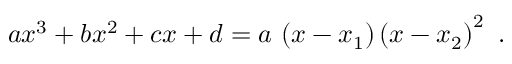
a x ^ { 3 } + b x ^ { 2 } + c x + d = a \, \left( x - x _ { 1 } \right) \left( x - x _ { 2 } \right) ^ { 2 } ~ .